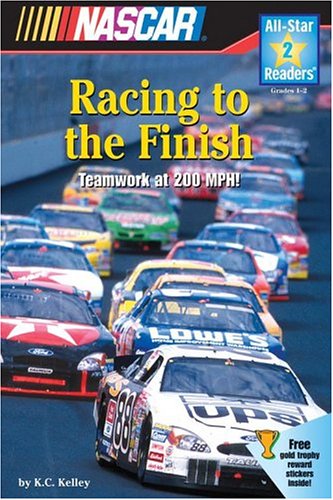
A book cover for NASCAR Racing to the Finish (All-Star Readers: Level 2); K.C. Kelley; Children's Books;